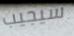
سيجيب